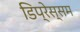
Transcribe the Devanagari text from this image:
डिप्रेस्सम